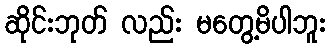
ဆိုင်းဘုတ် လည်း မတွေ့မိပါဘူး